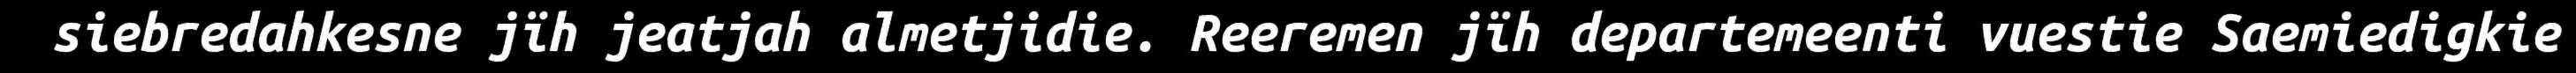
siebredahkesne jïh jeatjah almetjidie. Reeremen jïh departemeenti vuestie Saemiedigkie